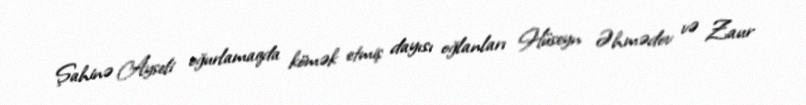
Şahinə Ayseli oğurlamaqda kömək etmiş dayısı oğlanları Hüseyn Əhmədov və Zaur